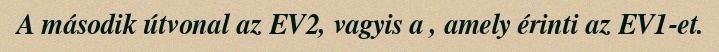
A második útvonal az EV2, vagyis a , amely érinti az EV1-et.